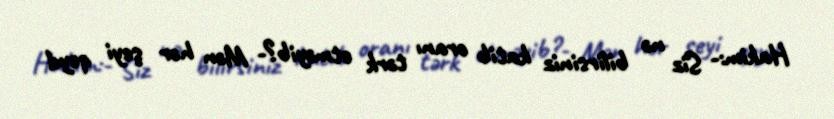
Hakim:- Siz nə bilirsiniz katib oranı tərk etməyib?- Mən hər şeyi qeyd